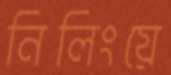
নিলিংয়ে